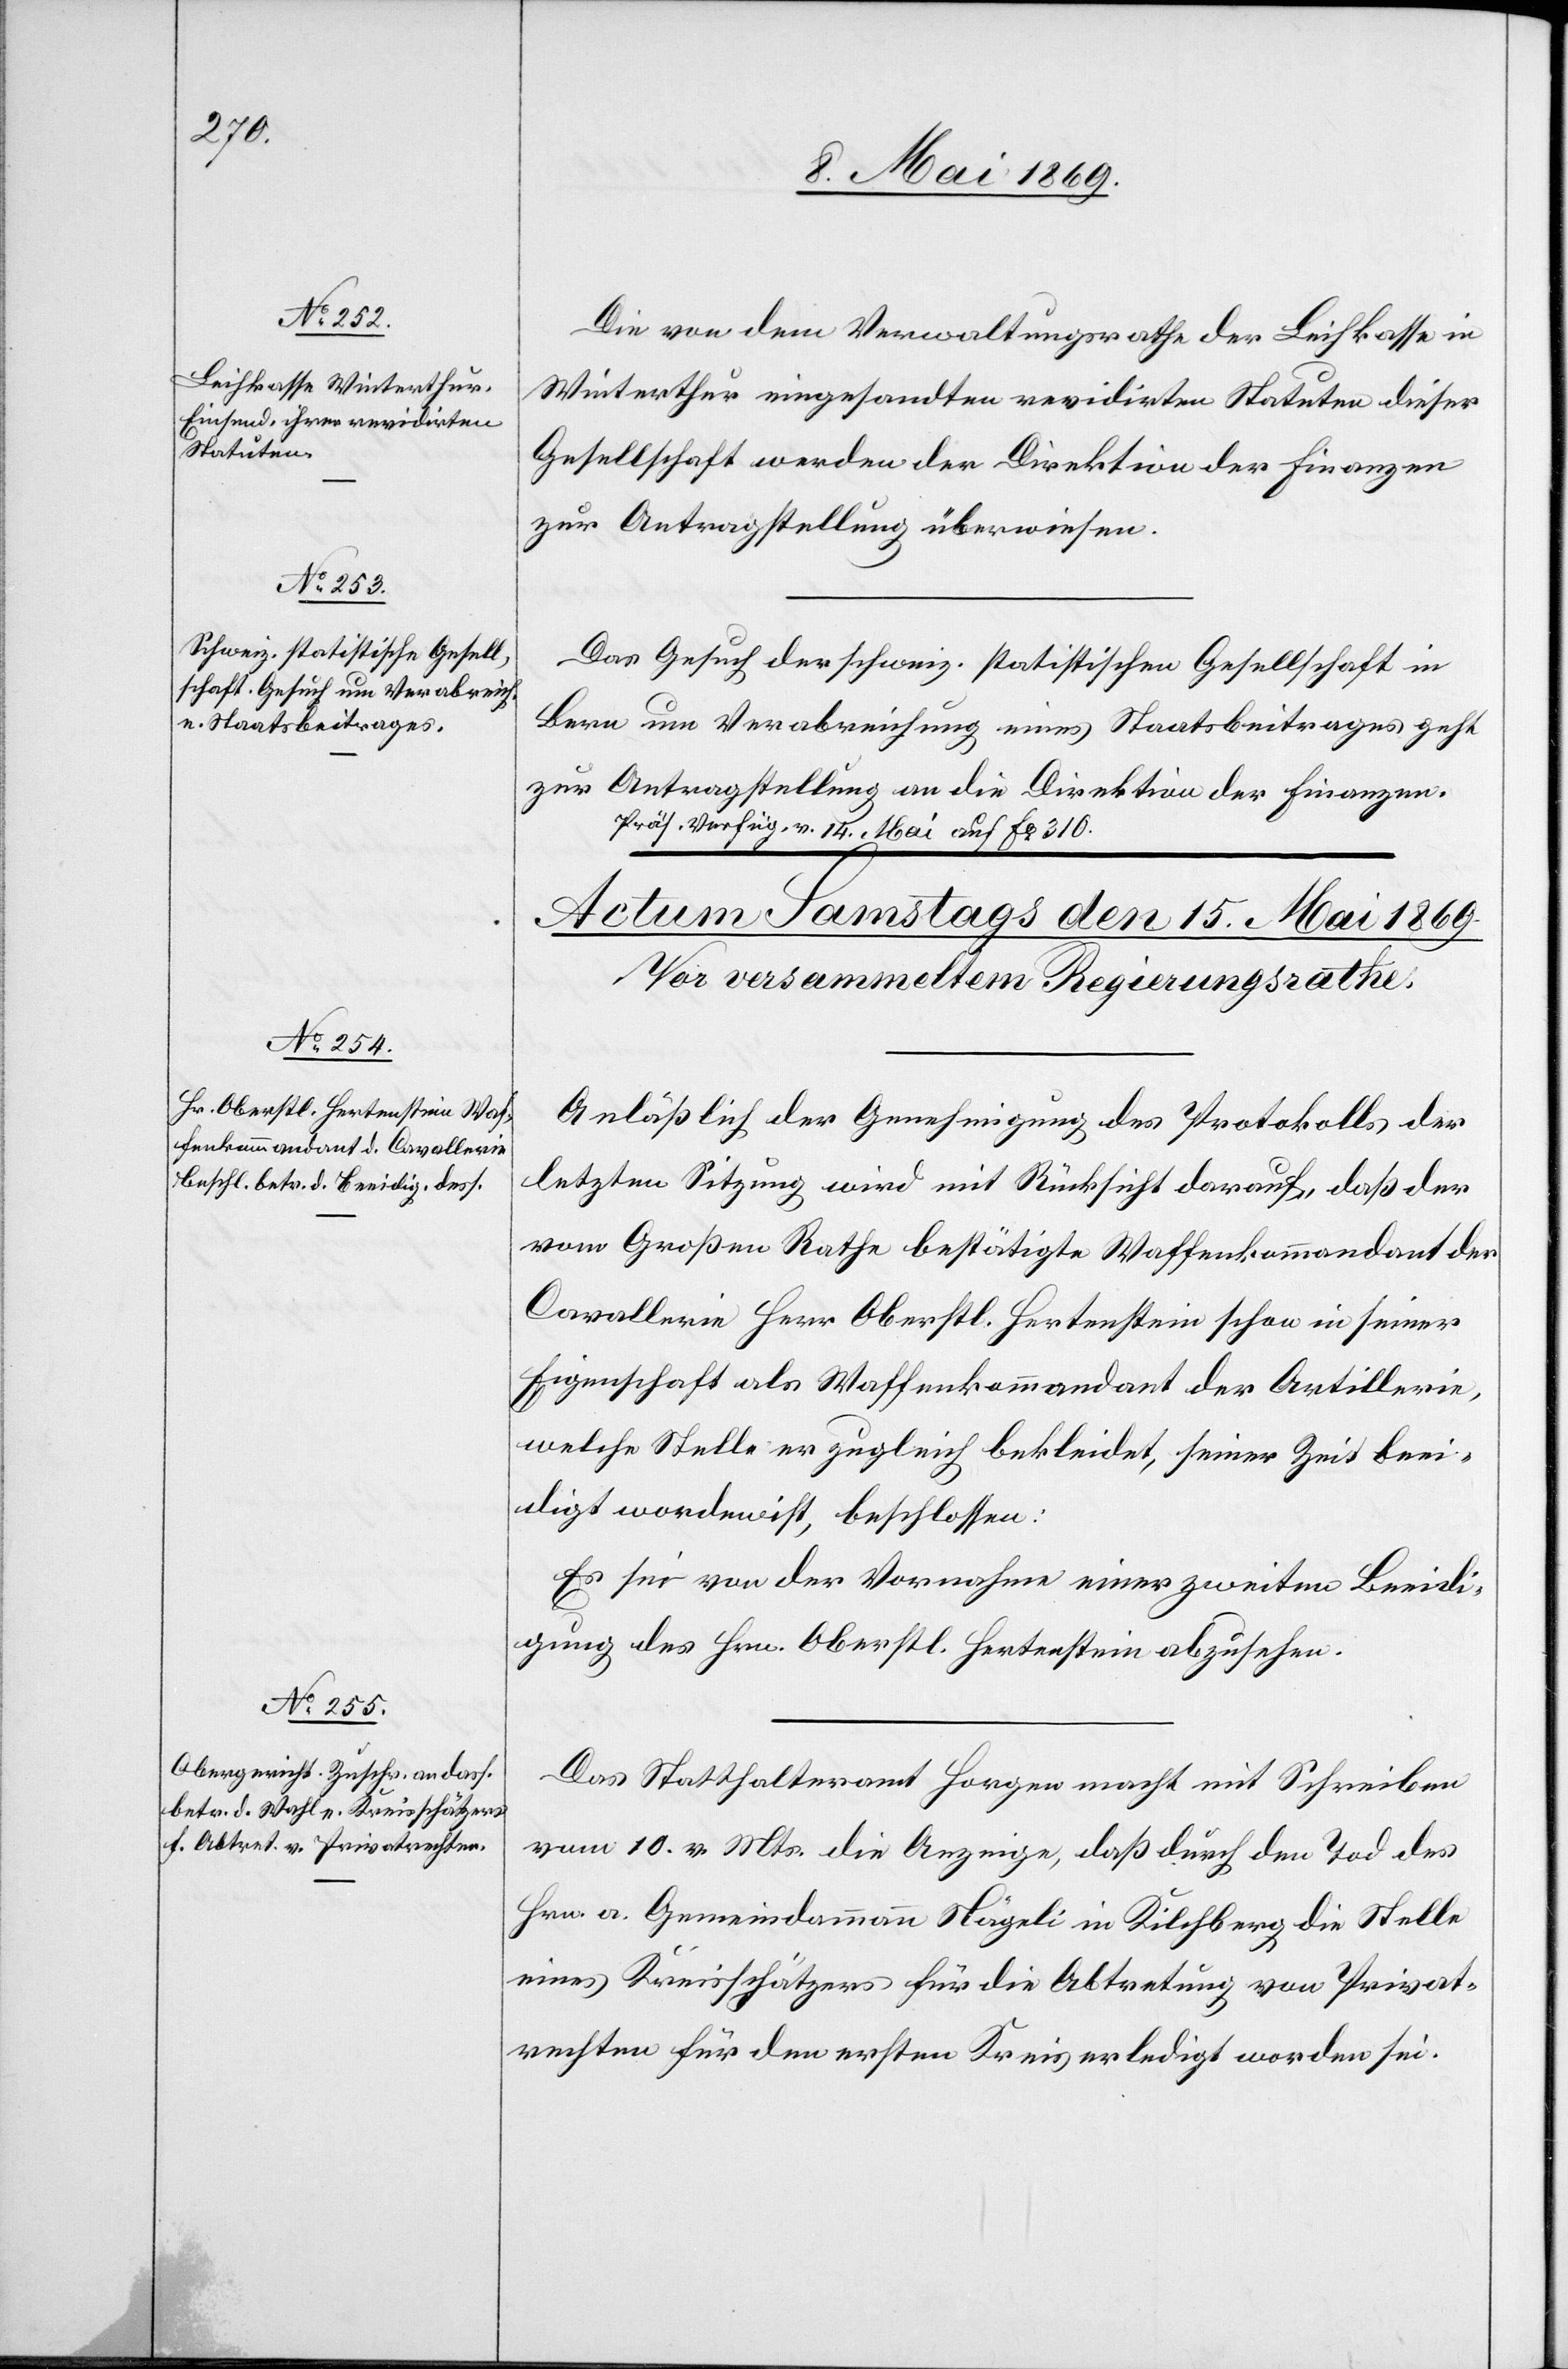
14 Mai 1869.]
Die von dem Verwaltungsrathe der Leihkasse in
Winterthur eingesandten revidirten Statuten dieser
Gesellschaft werden der Direktion der Finanzen
zur Antragstellung überwiesen.
Das Gesuch des schweiz. statistischen Gesellschaft in
Bern um Verabreichung eines Staatsbeitrages geht
zur Antragstellung an die Direktion der Finanzen.
Anläßlich der Genehmigung des Protokolls der
letzten Sitzung wird mit Rücksicht darauf, daß der
vom Großen Rathe bestätigte Waffenkommandant der
Cavallerie Herr Oberstl. Hertenstein schon in seiner
Eigenschaft als Waffenkommandant der Artillerie,
welche Stelle er zugleich bekleidet, seiner Zeit beei¬
digt worden ist, beschlossen:
Es sei von der Vornahme einer zweiten Beeidi¬
gung des Hrn. Oberstl. Hertenstein abzusehen.
Das Statthalteramt Horgen macht mit Schreiben
vom 10. v. Mts. die Anzeige, daß durch den Tod des
Hrn. a. Gemeindammann Nägeli in Kilchberg die Stelle
eines Kreisschätzers für die Abtretung von Privat¬
rechten für den ersten Kreis erledigt worden sei.